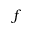
f